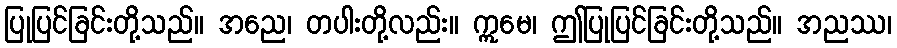
ပြုပြင်ခြင်းတို့သည်။ အညေ၊ တပါးတို့လည်း။ ဣမေ၊ ဤပြုပြင်ခြင်းတို့သည်။ အညဿ၊